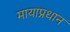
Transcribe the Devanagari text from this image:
मायाप्रधान